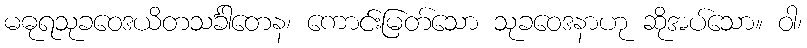
မဓုရသုခဝေဒယိတသင်္ခါတေန၊ ကောင်းမြတ်သော သုခဝေဒနာဟု ဆိုအပ်သော။ ဝါ၊